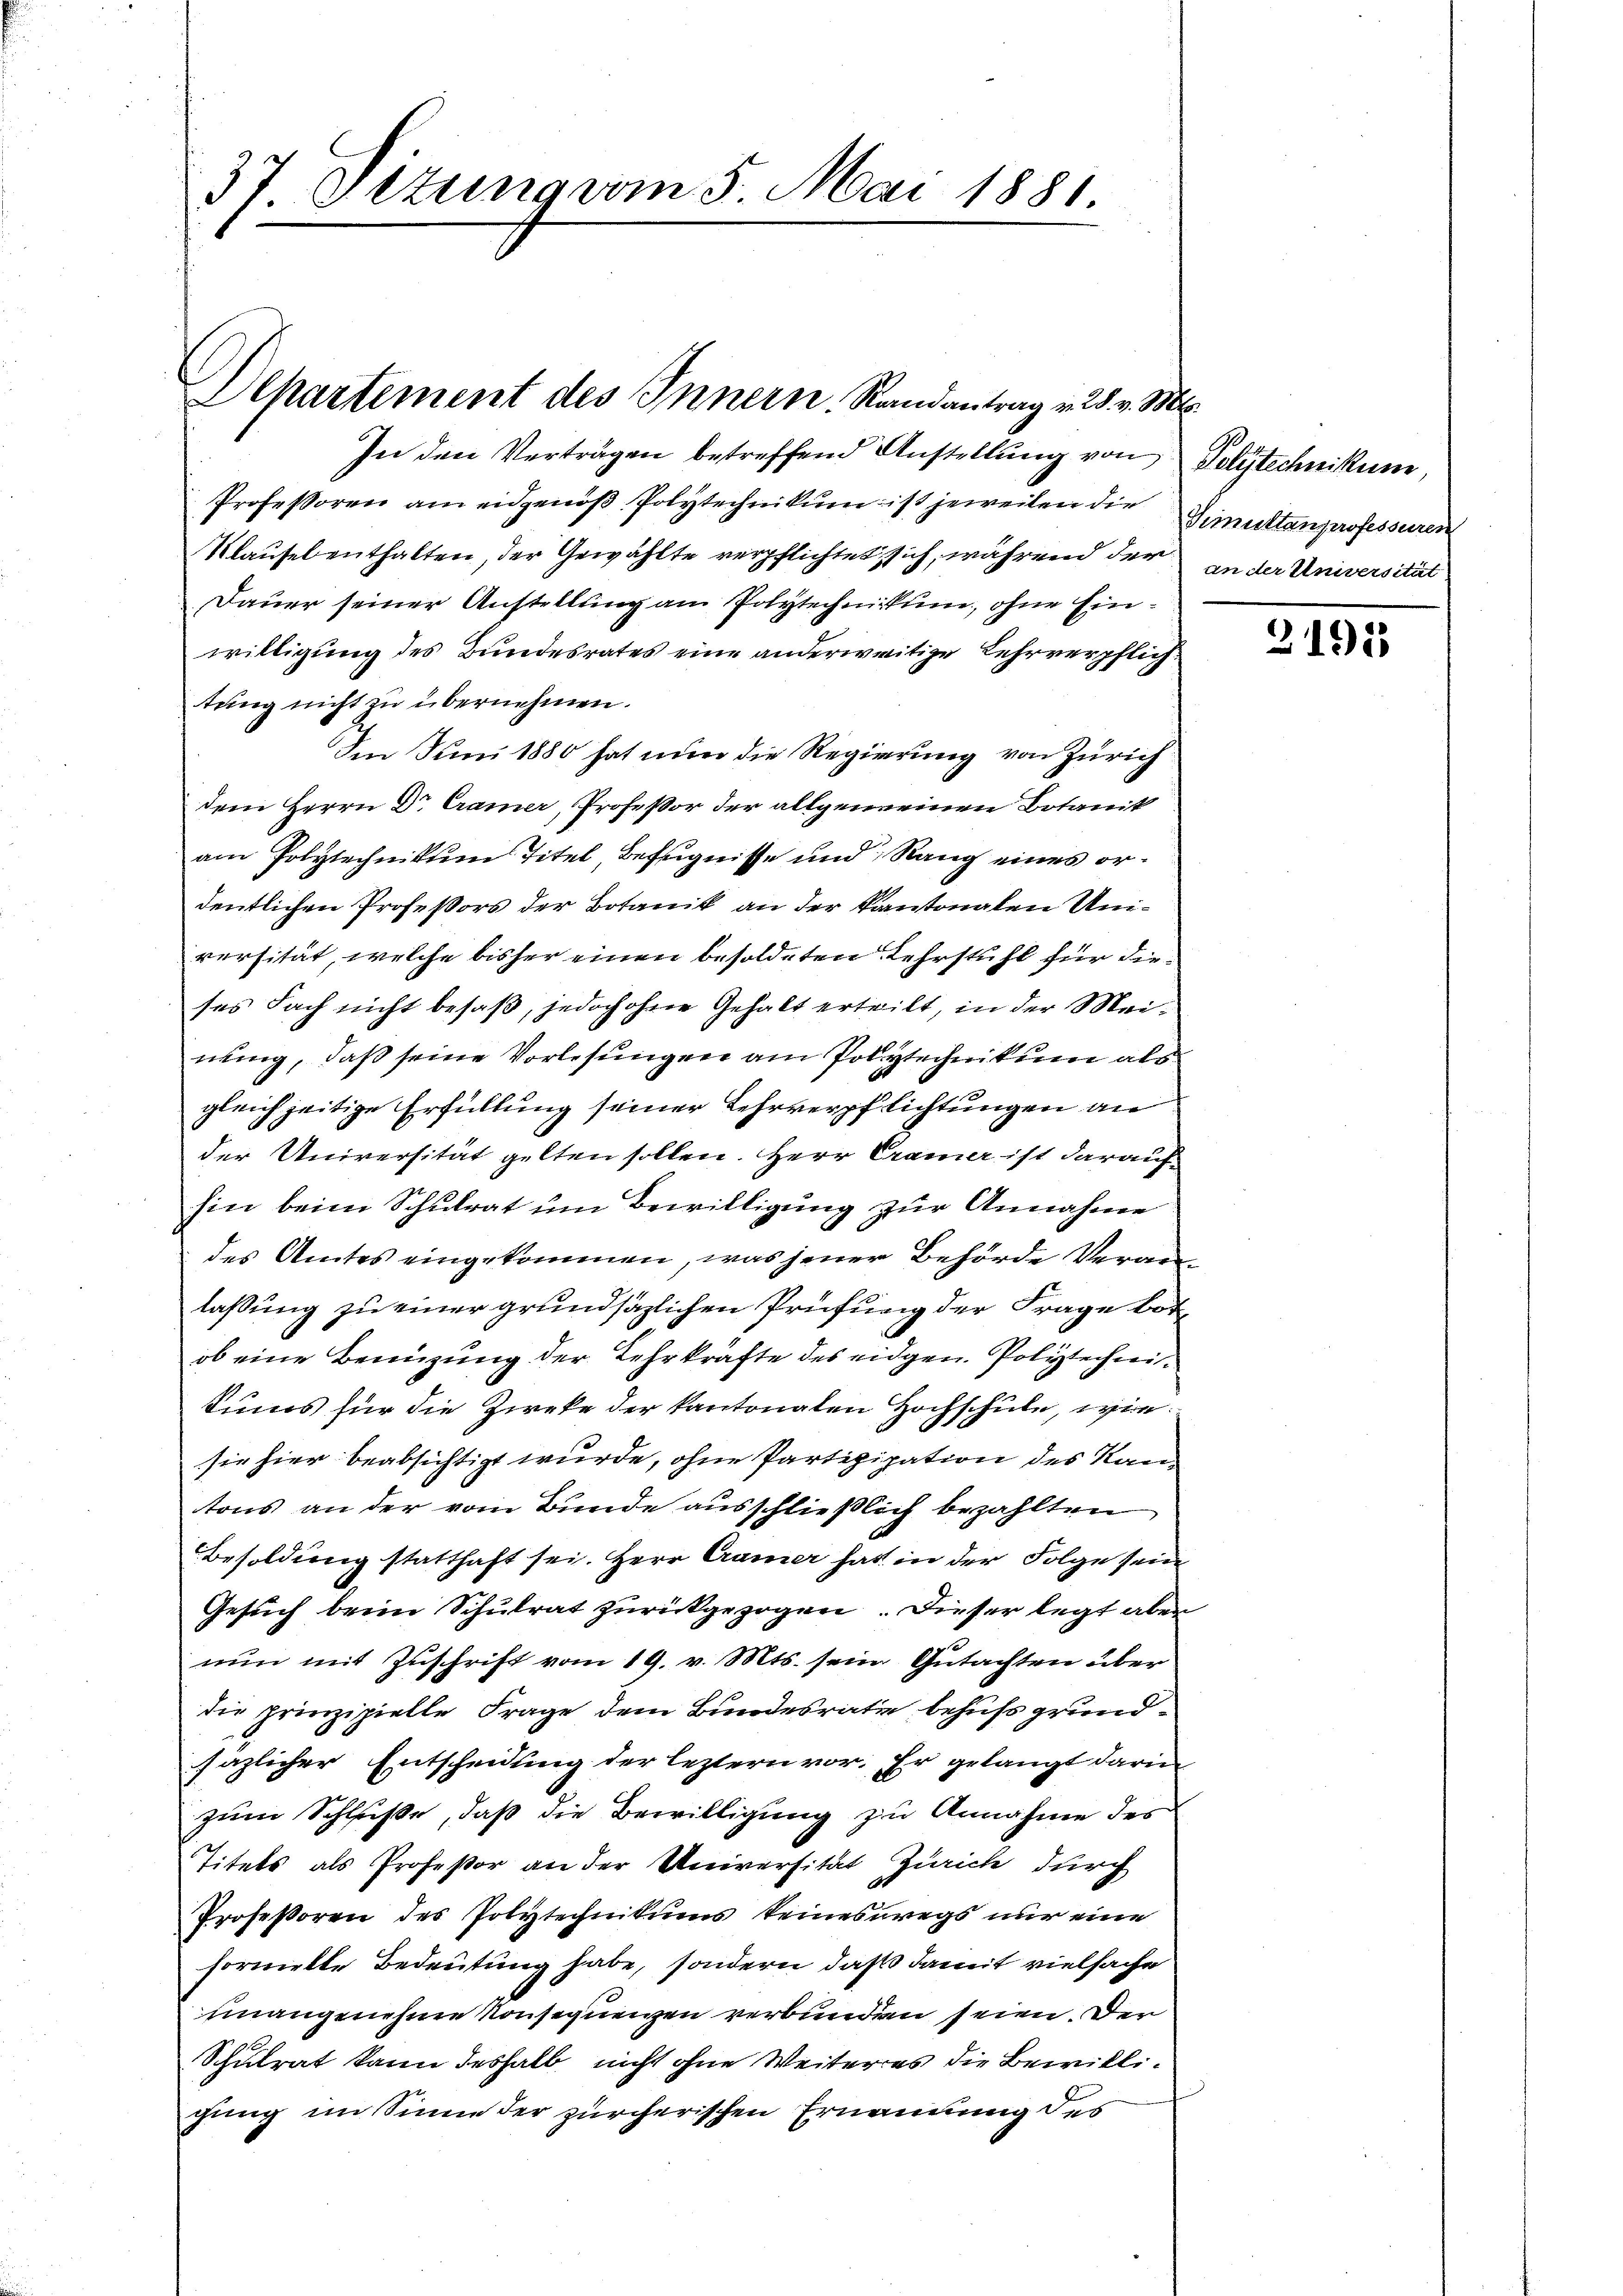
37. Ottung vom 5. Mai 1881.

Departement des Innern. Randantrag v. 28. v. Mts.

In den Vertragen betreffend Anstellung von Polytechnikum,
Professoren am eidgenoß Polytechnikum ist jeweilen die
Klausel enthalten, der Gewählte verpflichtet sich, während der
Dauer seiner Anstellung am Polytechnikum, ohne Einwilligung des Bundesrates eine anderweitige Lehrverpflich.
tung nicht zu übernehmen.
Im Juni 1880 hat nun die Regierung von Zürich
dem Herrn Dr. Cramer, Professor der allgemeinen Botanik
am Polytechnikum Titel, Befugnisse und Rang eines ordentlichen Professors der Botanik an der Kantonalen Universität, welche bisher einen besoldeten Lehrstuhl für dieses Fach nicht besaß, jedoch ohne Gehalt erteilt in der Meinung, daß seine Vorlesungen am Polytechnikum als
gleichzeitige Erfüllung seiner Lehrverpflichtungen an
der Universität gelten sollen. Herr Cramer ist darauf
sin beim Schulrat um Bewilligung zur Annahme
des Amtes eingekommen, was jener Behörde Veranlaßung zu einer grundsätzlichen Prüfung der Frage botob eine Benüzung der Lehrkräfte des eidgen. Polytechnikums für die Zweke der kantonalen Hochschule, wie
sie hier beabsichtigt wurde, ohne Partizipation des Kantons an der vom Bunde ausschließlich bezahlten
Besoldung statthaft sei. Herr Cramer hat in der Folge sein
Gesuch beim Schulrat zurückgezogen. Dieser legt aber
nun mit Zuschrift vom 19. v. Mts. sein Gutachten über
die prinzipielle Frage dem Bundesrate behufs grundsazlicher Entscheidung der leztern vor. Er gelangt darin
zum Schluße, daß die Bewilligung zu Annahme des
Titels als Professor an der Universität Zürich durch
Professoren des Polytechnikums keineswegs nur eine
formelte Bedeutung habe, sondern, daß damit vielsache
unangenehme Konsequenzen verbunden seien. Der
Schulrat kann deshalb nicht ohne Weiteres die Bewilligung im Sinne der zürcherischen Ernennung des

Simultanprofessuren
an der Universität

3195